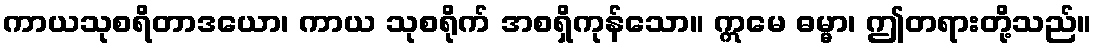
ကာယသုစရိတာဒယော၊ ကာယ သုစရိုက် အစရှိကုန်သော။ ဣမေ ဓမ္မာ၊ ဤတရားတို့သည်။